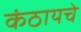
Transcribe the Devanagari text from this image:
कंठायचे